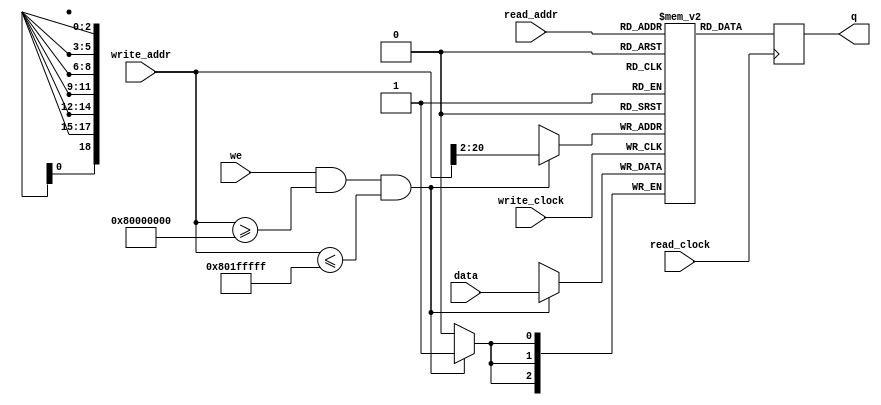
// Quartus Prime Verilog Template
// Simple Dual Port RAM with separate read/write addresses and
// separate read/write clocks

module frame_buffer #(
    parameter DATA_WIDTH=3,
    parameter ADDR_WIDTH=19,
    parameter MIN_ADDR=32'h80000000,
    parameter MAX_ADDR=32'h801FFFFF
) (
    input [(DATA_WIDTH-1):0] data,
    input [(ADDR_WIDTH-1):0] read_addr,
    input [31:0] write_addr,
    input we,
    input read_clock,
    input write_clock,
    //output reg [(DATA_WIDTH-1):0] wb,
    output reg [(DATA_WIDTH-1):0] q
);

  localparam SIZE = 2**ADDR_WIDTH;
    // Declare the RAM variable
    reg [DATA_WIDTH-1:0] ram[SIZE-1:0];

    always @ (posedge write_clock) begin
        // Write
        if (we & (write_addr >= MIN_ADDR) & (write_addr <= MAX_ADDR) )
            ram[write_addr[ADDR_WIDTH+2-1:2]] <= data;
            //ram[write_addr[ADDR_WIDTH-1:0]] <= data;
    end

    always @ (posedge read_clock)
    //always @ (posedge write_clock)
    begin
        // Read
        q <= ram[read_addr];
    end

endmodule